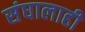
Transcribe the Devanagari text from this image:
संघालाही